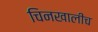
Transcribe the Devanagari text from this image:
चिनखालीच